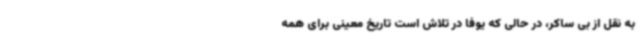
به نقل از بی ساکر، در حالی که یوفا در تلاش است تاریخ معینی برای همه